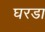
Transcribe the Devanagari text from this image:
घरडा